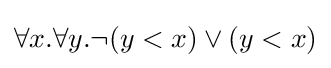
\forall x.\forall y.\neg (y<x)\lor (y<x)